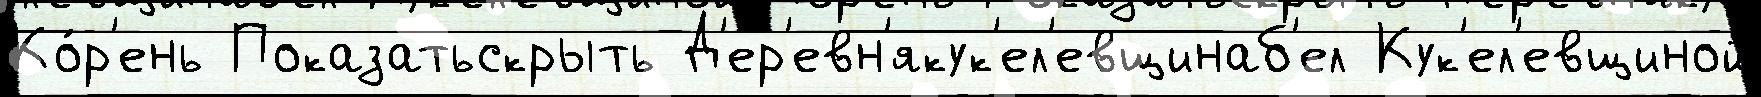
Ко́р'ень Показатьскрыть Д'ер'евн'якук'ел'евщинаб'ел Кук'ел'евщиной